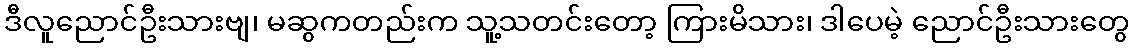
ဒီလူညောင်ဦးသားဗျ၊ မဆွကတည်းက သူ့သတင်းတော့ ကြားမိသား၊ ဒါပေမဲ့ ညောင်ဦးသားတွေ